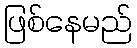
ဖြစ်နေမည်